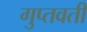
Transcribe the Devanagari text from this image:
गुप्तवती